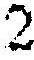
2